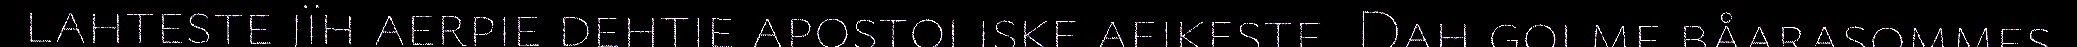
lahteste jïh aerpie dehtie apostoliske aejkeste. Dah golme båarasommes